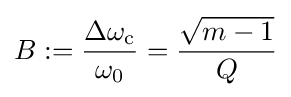
B:={\frac {\Delta \omega _{\mathrm {c} }}{\omega _{0}}}={\frac {\sqrt {m-1}}{Q}}